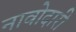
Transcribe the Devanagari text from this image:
नावोदारी